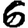
Digit: 6